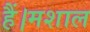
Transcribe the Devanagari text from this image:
हैं।मशाल